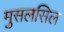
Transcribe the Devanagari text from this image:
मुसलसिल